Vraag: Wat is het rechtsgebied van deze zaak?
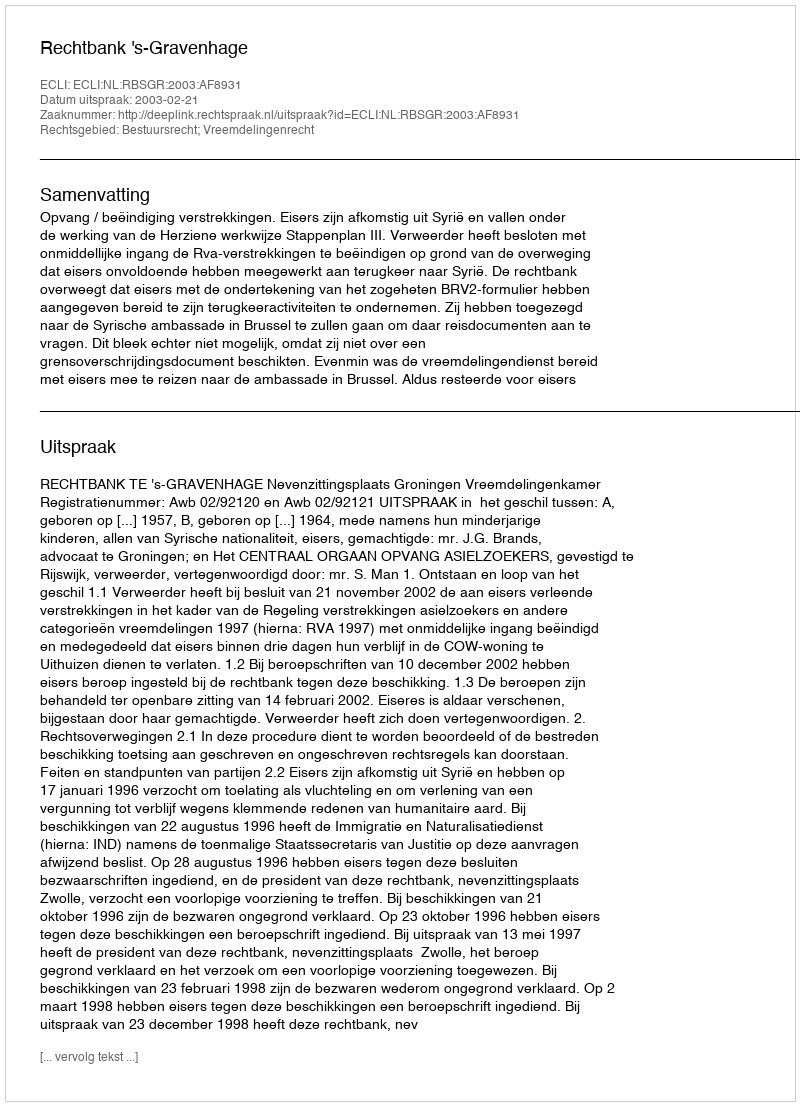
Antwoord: Bestuursrecht; Vreemdelingenrecht